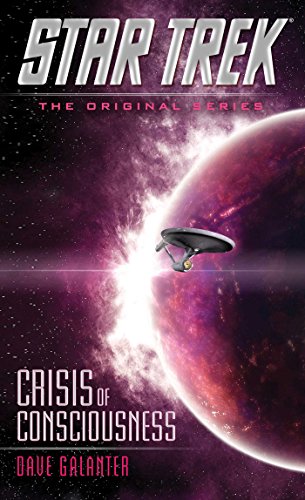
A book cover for Crisis of Consciousness (Star Trek: The Original Series); Dave Galanter; Science Fiction & Fantasy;